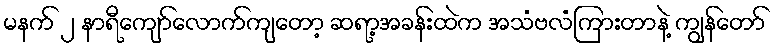
မနက် ၂ နာရီကျော်လောက်ကျတော့ ဆရာ့အခန်းထဲက အသံဗလံကြားတာနဲ့ ကျွန်တော်